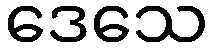
ဒေသေ